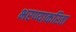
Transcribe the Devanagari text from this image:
भरण्याकरिता